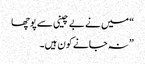
“ میں نے بے چینی سے پوچھا
” نہ جانے کون ہیں۔